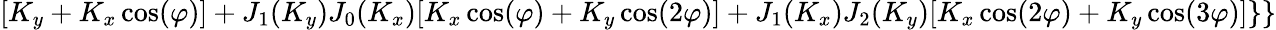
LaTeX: [K_{y}+K_{x}\cos(\varphi)]+J_{1}(K_{y})J_{0}(K_{x})[K_{x}\cos(\varphi)+K_{y}\cos(2\varphi)]+J_{1}(K_{x})J_{2}(K_{y})[K_{x}\cos(2\varphi)+K_{y}\cos(3\varphi)]\} \}